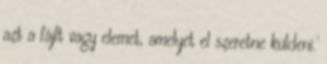
azt a fájlt vagy elemet, amelyet el szeretne küldeni.